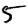
Digit: 5